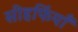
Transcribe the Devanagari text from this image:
सीहफिंयाँ